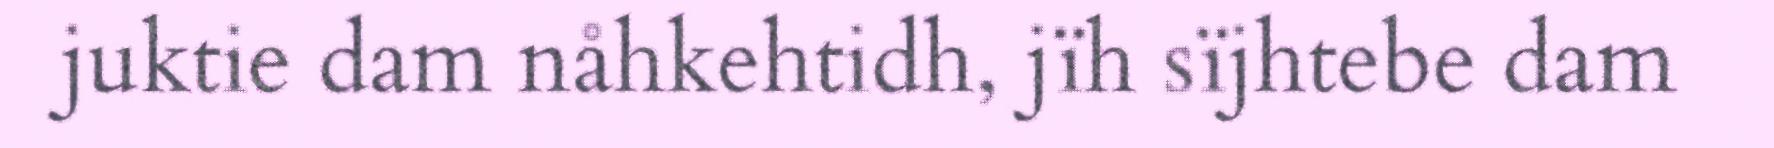
juktie dam nåhkehtidh, jïh sïjhtebe dam